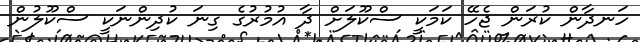
ހަނދާން ކުރަން ޖެހޭ ކަމަކީ ސްކޫލަށް ދާ އުމުރުގެ ގިނަ ކުދިންނަކީ ސްކޫލުން